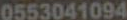
0553041094